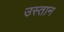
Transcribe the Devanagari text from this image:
उस्तान